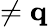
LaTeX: \neq\mathbf q